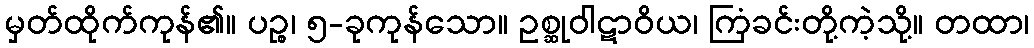
မှတ်ထိုက်ကုန်၏။ ပဉ္စ၊ ၅-ခုကုန်သော။ ဥစ္ဆုဝါဋာဝိယ၊ ကြံခင်းတို့ကဲ့သို့။ တထာ၊